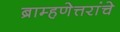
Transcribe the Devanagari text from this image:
ब्राम्हणेत्तरांचे